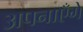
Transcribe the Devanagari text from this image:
अपनाएँगे